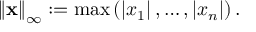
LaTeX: \left\| \mathbf { x } \right\| _ { \infty } : = \operatorname* { m a x } \left( \left| x _ { 1 } \right| , \ldots , \left| x _ { n } \right| \right) .